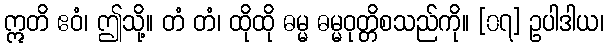
ဣတိ ဧဝံ၊ ဤသို့။ တံ တံ၊ ထိုထို ဓမ္မ ဓမ္မဝုတ္တိစသည်ကို။ [၀၇] ဥပါဒါယ၊